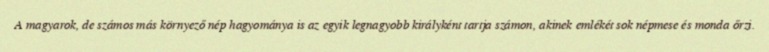
A magyarok, de számos más környező nép hagyománya is az egyik legnagyobb királyként tartja számon, akinek emlékét sok népmese és monda őrzi.